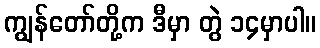
ကျွန်တော်တို့က ဒီမှာ တွဲ ၁၄မှာပါ။